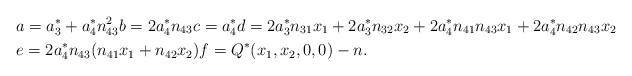
LaTeX: \begin{align*}& a = a_{3}^{*} + a_{4}^{*} n_{43}^{2} b = 2 a_{4}^{*} n_{43} c = a_{4}^{*} d = 2 a_{3}^{*} n_{31} x_{1} + 2 a_{3}^{*} n_{32} x_{2} + 2a_{4}^{*} n_{41} n_{43} x_{1} + 2a_{4}^{*} n_{42} n_{43} x_{2}\\ & e = 2a_{4}^{*} n_{43} (n_{41} x_{1} + n_{42} x_{2}) f = Q^{*}(x_{1},x_{2},0,0) - n.\end{align*}